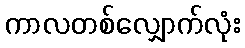
ကာလတစ်လျှောက်လုံး